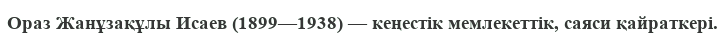
Ораз Жанұзақұлы Исаев (1899—1938) — кеңестік мемлекеттік, саяси қайраткері.